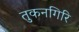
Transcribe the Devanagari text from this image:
तुकनगिरि